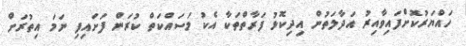
ހައްޔަރުކޮށްފައިވާއިރު އަދާލަތުން އިދިކޮޅު ފަރާތްތަކާ އެކު މަސައްކަތް ކުރަން ފަށައިފި ނަމަ އިތުރަށް